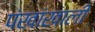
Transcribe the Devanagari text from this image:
पंखांखाली